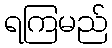
ရကြမည်